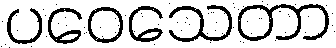
ပဝေသေတာ